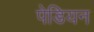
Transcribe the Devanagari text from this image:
पेडियन